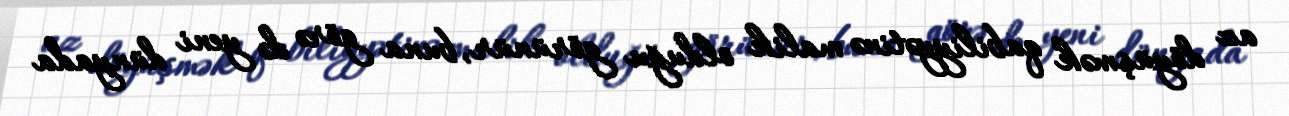
az döyüşmək qabiliyyətinə malik olduğu görünür, buna görə də yeni dünyada